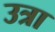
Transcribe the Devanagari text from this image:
उत्रा